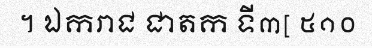
។ ឯករាជ ជាតក ទី៣[ ៥១០